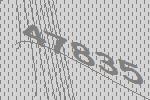
47835